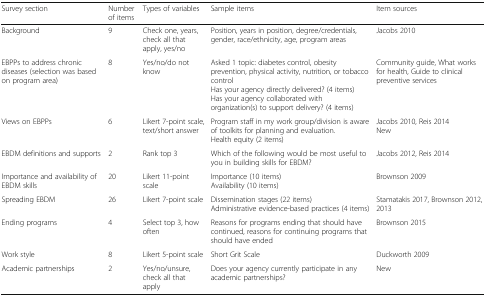
| Survey section | Number of items | Types of variables | Sample items | Item sources |
 | --- | --- | --- | --- | --- |
 | Background | 9 | Check one, years, check all that apply, yes/no | Position, years in position, degree/credentials, gender, race/ethnicity, age, program areas | Jacobs 2010 |
 | EBPPs to address chronic diseases (selection was based on program area) | 8 | Yes/no/do not know | Asked 1 topic: diabetes control, obesity prevention, physical activity, nutrition, or tobacco controlHas your agency directly delivered? (4 items)Has your agency collaborated with organization(s) to support delivery? (4 items) | Community guide, What works for health, Guide to clinical preventive services |
 | Views on EBPPs | 6 | Likert 7-point scale, text/short answer | Program staff in my work group/division is aware of toolkits for planning and evaluation.Health equity (2 items) | Jacobs 2010, Reis 2014New |
 | EBDM definitions and supports | 2 | Rank top 3 | Which of the following would be most useful to you in building skills for EBDM? | Jacobs 2012, Reis 2014 |
 | Importance and availability of EBDM skills | 20 | Likert 11-point scale | Importance (10 items)Availability (10 items) | Brownson 2009 |
 | Spreading EBDM | 26 | Likert 7-point scale | Dissemination stages (22 items)Administrative evidence-based practices (4 items) | Stamatakis 2017, Brownson 2012, 2013 |
 | Ending programs | 4 | Select top 3, how often | Reasons for programs ending that should have continued, reasons for continuing programs that should have ended | Brownson 2015 |
 | Work style | 8 | Likert 5-point scale | Short Grit Scale | Duckworth 2009 |
 | Academic partnerships | 2 | Yes/no/unsure, check all that apply | Does your agency currently participate in any academic partnerships? | New |